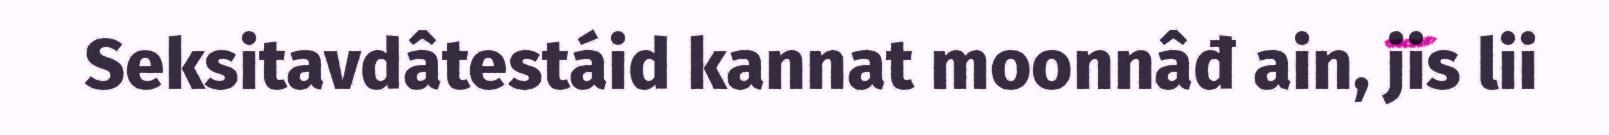
Seksitavdâtestáid kannat moonnâđ ain, jis lii